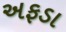
અફડા